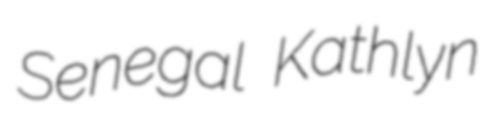
Senegal Kathlyn